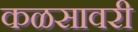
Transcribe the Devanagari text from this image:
कळसावरी